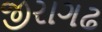
જીરાગઢ